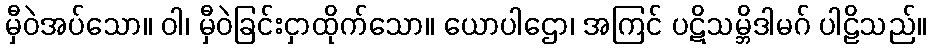
မှီဝဲအပ်သော။ ဝါ၊ မှီဝဲခြင်းငှာထိုက်သော။ ယောပါဌော၊ အကြင် ပဋိသမ္ဘိဒါမဂ် ပါဠိသည်။